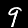
Label: 9